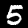
Digit: 5